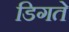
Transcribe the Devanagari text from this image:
डिगते